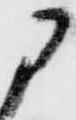
に